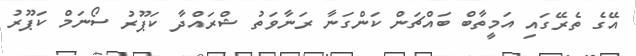
އޭގެ ތެރޭގައި އަމީތާބް ބައްޗަން ކަންގަނާ ރަނާވަތު ޝްރައްދާ ކަޕޫރު ސޯނަމް ކަޕޫރު